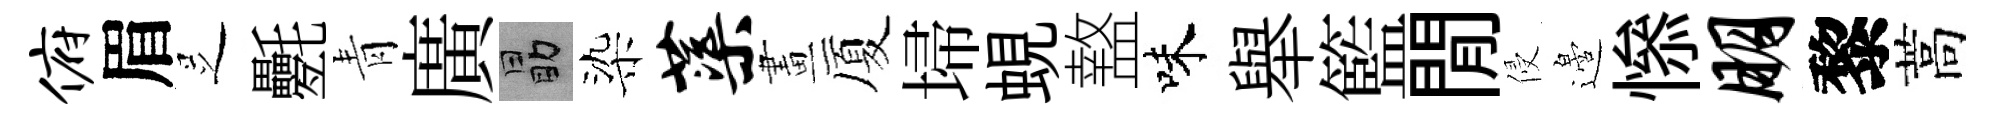
俯眉𠯁氎青廣勗染蕖畫厦埽蜆盩味舉籃閒侵邉𢡖朋黎蒿